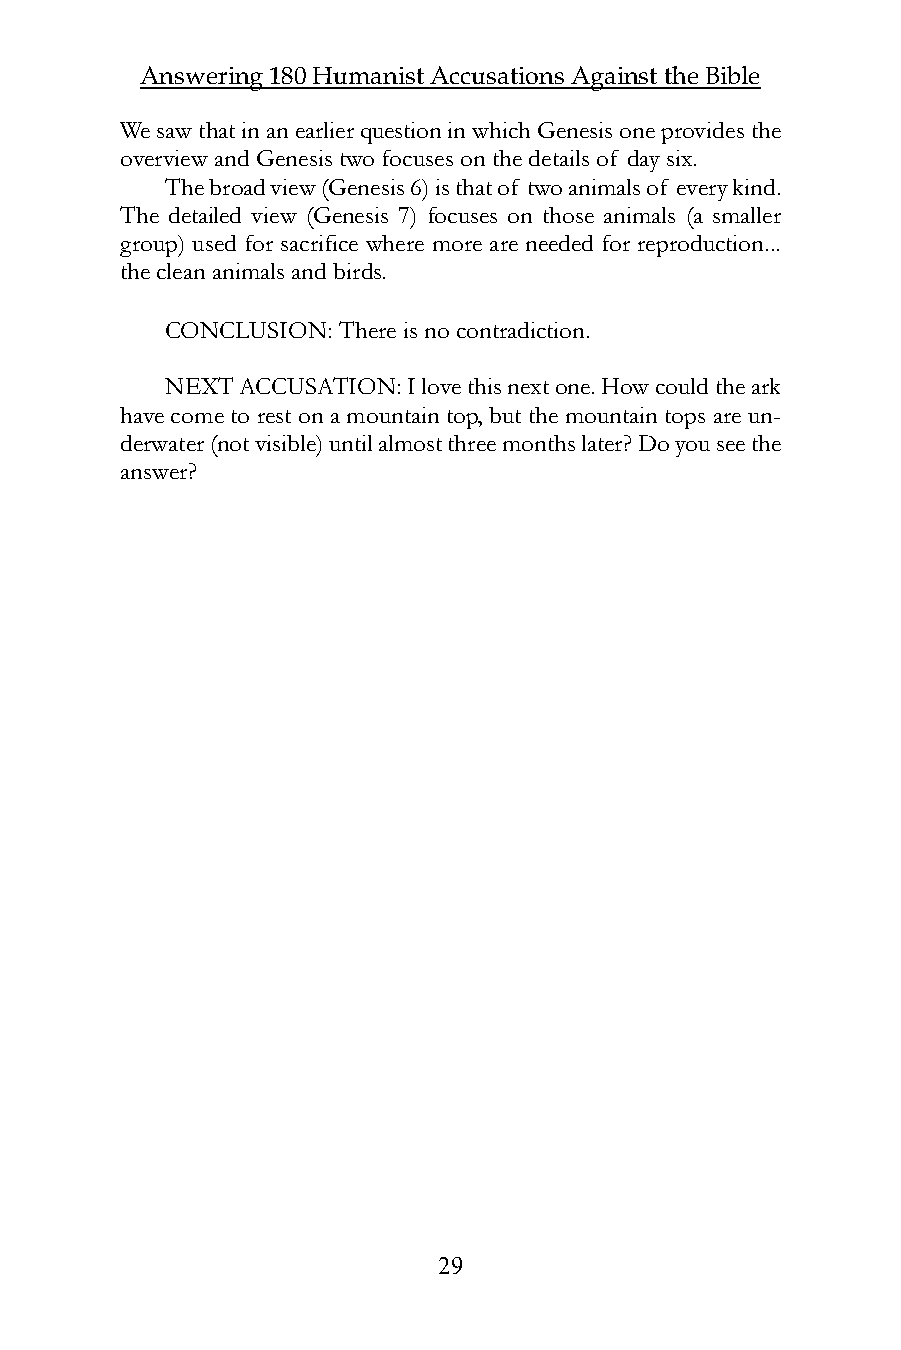
Answering 180 Humanist Accusations Against the Bible
 We saw that in an earlier question in which Genesis one provides the
 overview and Genesis two focuses on the details of day six.
 The broad view (Genesis 6) is that of two animals of every kind.
 The detailed view (Genesis 7) focuses on those animals (a smaller
 group) used for sacrifice where more are needed for reproduction...
 the clean animals and birds.
 CONCLUSION: There is no contradiction.
 NEXT ACCUSATION: I love this next one. How could the ark
 have come to rest on a mountain top, but the mountain tops are un-
 derwater (not visible) until almost three months later? Do you see the
 answer?
 29